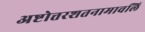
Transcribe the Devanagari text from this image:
अष्टोत्तरशतनामावलि